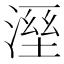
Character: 溼